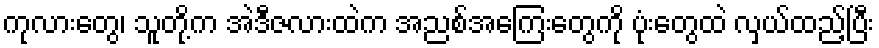
ကုလားတွေ၊ သူတို့က အဲဒီဇလားထဲက အညစ်အကြေးတွေကို ပုံးတွေထဲ လှယ်ထည့်ပြီး